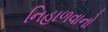
નિહાળવાનો